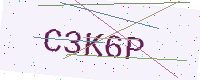
Text: C3K6P